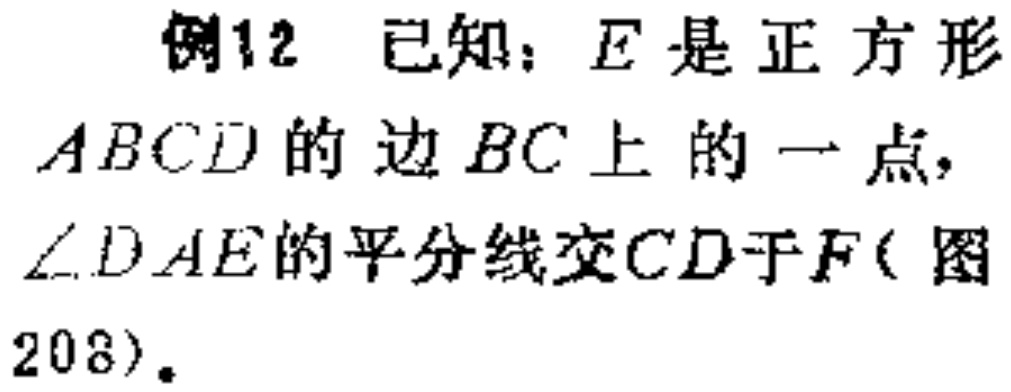
例12 已知：$E$是正方形$ABCD$的边$BC$上的一点，$\angle DAE$的平分线交$CD$于$F$(图208)。